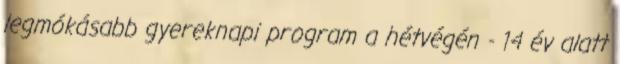
legmókásabb gyereknapi program a hétvégén - 14 év alatt